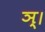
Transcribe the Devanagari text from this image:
ञ्।